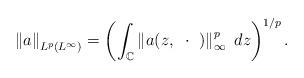
LaTeX: \begin{align*}\left\Vert a\right\Vert _{L^{p}\left( L^{\infty}\right) }=\left(\int_{\mathbb{C}}\left\Vert a(z,~\cdot~)\right\Vert _{\infty}^{p}~dz\right)^{1/p}.\end{align*}